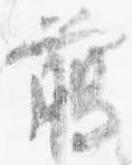
臈